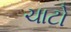
ચાટો